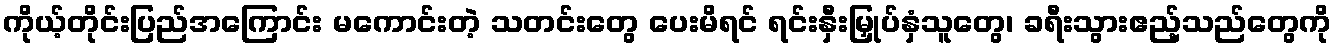
ကိုယ့်တိုင်းပြည်အကြောင်း မကောင်းတဲ့ သတင်းတွေ ပေးမိရင် ရင်းနှီးမြှုပ်နှံသူတွေ၊ ခရီးသွားဧည့်သည်တွေကို